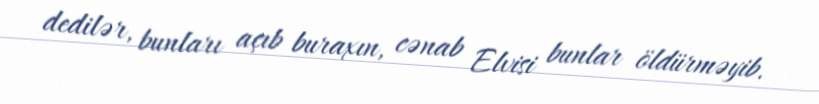
dedilər, bunları açıb buraxın, cənab Elvisi bunlar öldürməyib.